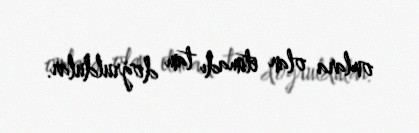
onlara olan etimadı tam doğruldular.